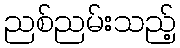
ညစ်ညမ်းသည့်